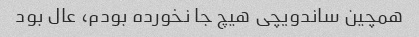
همچین ساندویچی هیچ جا نخورده بودم، عال بود